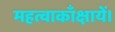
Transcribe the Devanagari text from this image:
महत्वाकाँक्षायें।